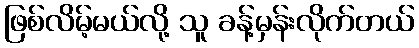
ဖြစ်လိမ့်မယ်လို့ သူ ခန့်မှန်းလိုက်တယ်